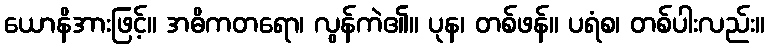
ယောနိအားဖြင့်။ အဓိကတရော၊ လွန်ကဲ၏။ ပုန၊ တစ်ဖန်။ ပရံစ၊ တစ်ပါးလည်း။